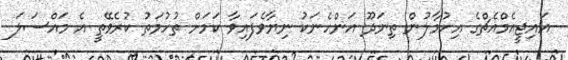
އައިޖީއެމްއެޗްގެ އިހުމާލުން ތިނަދޫ އަންހެނަކު ނިޔާވެފައިވާ ކަމަށް ތުހުމަތު ކުރެވޭތީ އެ މައްސަލަ